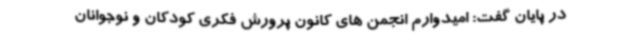
در پایان گفت: امیدوارم انجمن های کانون پرورش فکری کودکان و نوجوانان